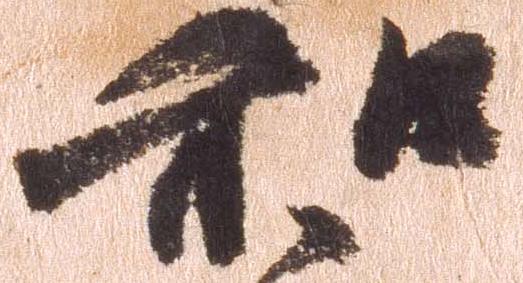
和